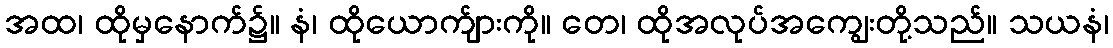
အထ၊ ထိုမှနောက်၌။ နံ၊ ထိုယောက်ျားကို။ တေ၊ ထိုအလုပ်အကျွေးတို့သည်။ သယနံ၊